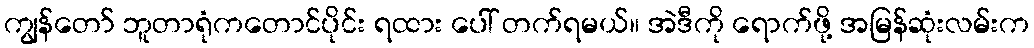
ကျွန်တော် ဘူတာရုံကတောင်ပိုင်း ရထား ပေါ် တက်ရမယ်။ အဲဒီကို ရောက်ဖို့ အမြန်ဆုံးလမ်းက